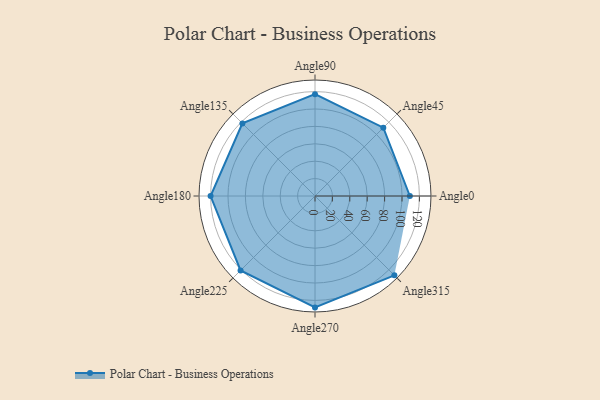
{"axis": {"x": "Angle", "y": "Radius"}, "legend": [""], "data": [{"x": "Angle0", "y": 109.0, "type": ""}, {"x": "Angle45", "y": 111.0, "type": ""}, {"x": "Angle90", "y": 117.0, "type": ""}, {"x": "Angle135", "y": 118.0, "type": ""}, {"x": "Angle180", "y": 120.0, "type": ""}, {"x": "Angle225", "y": 121.0, "type": ""}, {"x": "Angle270", "y": 128.0, "type": ""}, {"x": "Angle315", "y": 129.0, "type": ""}]}